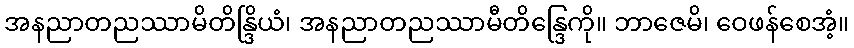
အနညာတညဿာမိတိန္ဒြိယံ၊ အနညာတညဿာမီတိန္ဒြေကို။ ဘာဇေမိ၊ ဝေဖန်စေအံ့။